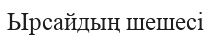
Ырсайдың шешесі